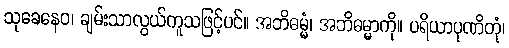
သုခေနေဝ၊ ချမ်းသာလွယ်ကူသဖြင့်ပင်။ အဘိဓမ္မံ၊ အဘိဓမ္မာကို။ ပရိယာပုဏိတုံ၊